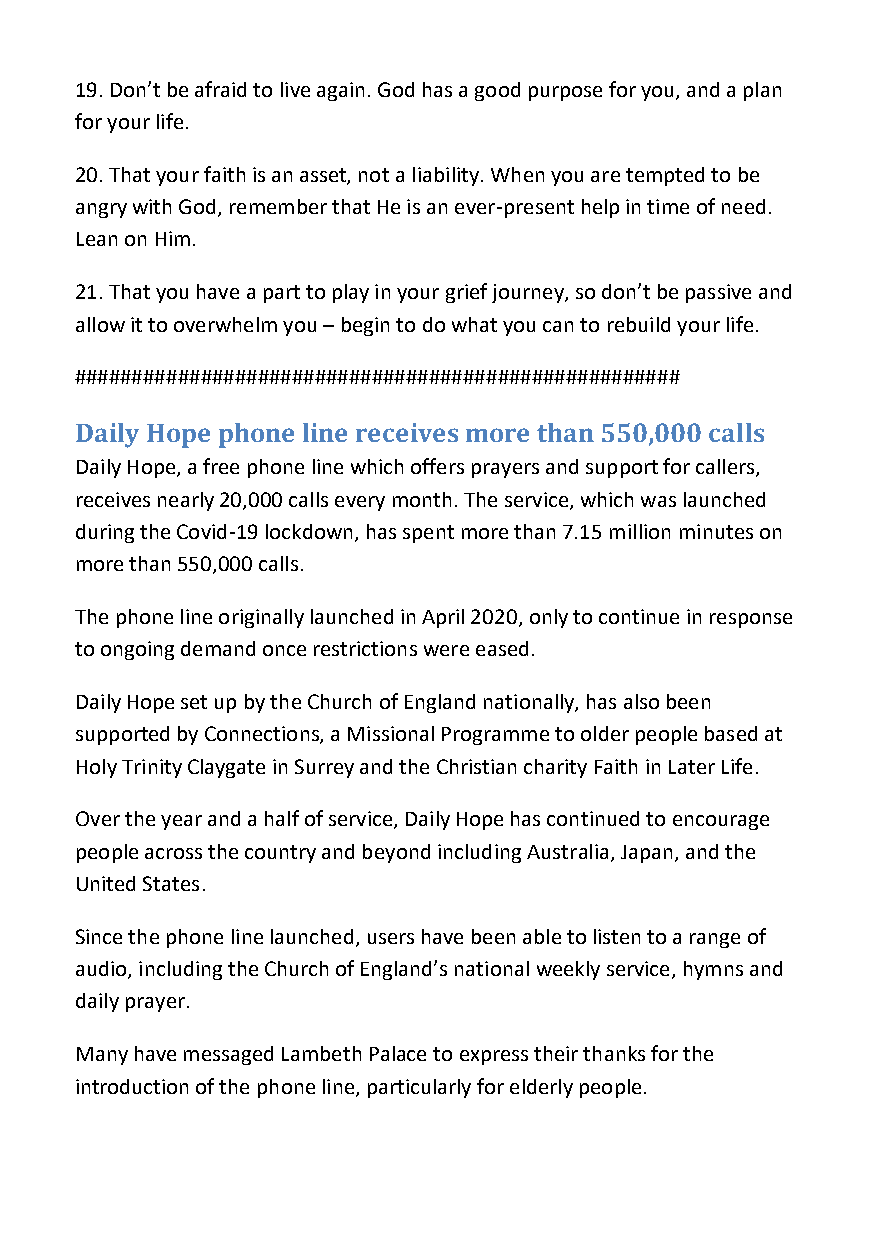
19. Don’t be afraid to live again. God has a good purpose for you, and a plan
 for your life.
 20. That your faith is an asset, not a liability. When you are tempted to be
 angry with God, remember that He is an ever-present help in time of need.
 Lean on Him.
 21. That you have a part to play in your grief journey, so don’t be passive and
 allow it to overwhelm you – begin to do what you can to rebuild your life.
 #####################################################
 Daily Hope phone line receives more than 550,000 calls
 Daily Hope, a free phone line which offers prayers and support for callers,
 receives nearly 20,000 calls every month. The service, which was launched
 during the Covid-19 lockdown, has spent more than 7.15 million minutes on
 more than 550,000 calls.
 The phone line originally launched in April 2020, only to continue in response
 to ongoing demand once restrictions were eased.
 Daily Hope set up by the Church of England nationally, has also been
 supported by Connections, a Missional Programme to older people based at
 Holy Trinity Claygate in Surrey and the Christian charity Faith in Later Life.
 Over the year and a half of service, Daily Hope has continued to encourage
 people across the country and beyond including Australia, Japan, and the
 United States.
 Since the phone line launched, users have been able to listen to a range of
 audio, including the Church of England’s national weekly service, hymns and
 daily prayer.
 Many have messaged Lambeth Palace to express their thanks for the
 introduction of the phone line, particularly for elderly people.